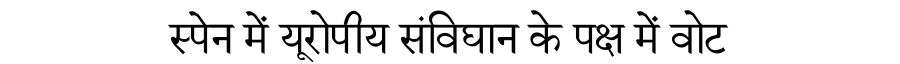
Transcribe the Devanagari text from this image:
स्पेन में यूरोपीय संविघान के पक्ष में वोट